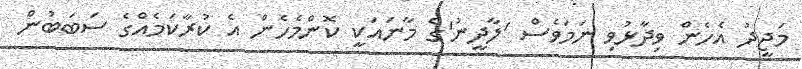
މަޖީދު އެހެން ވިދާޅުވި ނަމަވެސް 'ލާދީނު'ގެ މާނައަކީ ކޮންމެހެން އެ ކުރާކަމެއްގެ ސަބަބުން